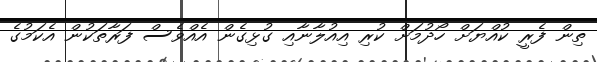
ތިން ފެރީ ކުއްޔަށް ހޯދުމަށް ކުރި އިއުލާނާއި ގުޅިގެން އެއްވެސް ފަރާތަކުން އެކަމުގެ